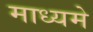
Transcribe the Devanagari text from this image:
माध्‍यमे